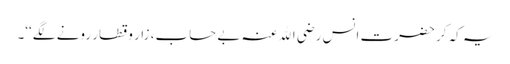
یہ کہ کر حضرت انس رضی اﷲ عنہ بے حساب، زار و قطار رونے لگے‘‘۔